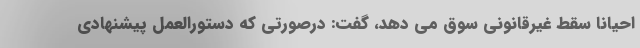
احیانا سقط غیرقانونی سوق می دهد، گفت: درصورتی که دستورالعمل پیشنهادی